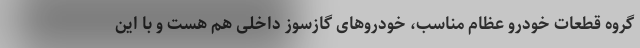
گروه قطعات خودرو عظام مناسب، خودروهای گازسوز داخلی هم هست و با این